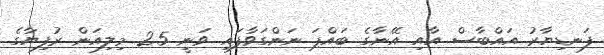
ފަނޑިޔާރު އައްބާސް އާއި އޭނާގެ ބައްޕަ ނަންގަވާފައި ވަނީ 2.5 މިލިއަން ރުފިޔާގެ